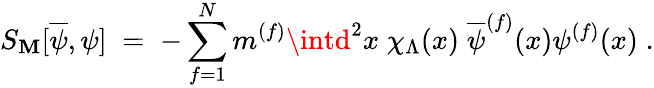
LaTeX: S_{\mathbf{M}}[\overline{{{{\psi}}}},\psi]\; =\; -\sum_{f=1}^{N}m^{(f)}\intd^{2}x\; \chi_{\Lambda}(x)\; \overline{{{{\psi}}}}^{(f)}(x)\psi^{(f)}(x)\; .